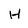
Character: H